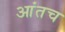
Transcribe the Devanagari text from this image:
आंतच